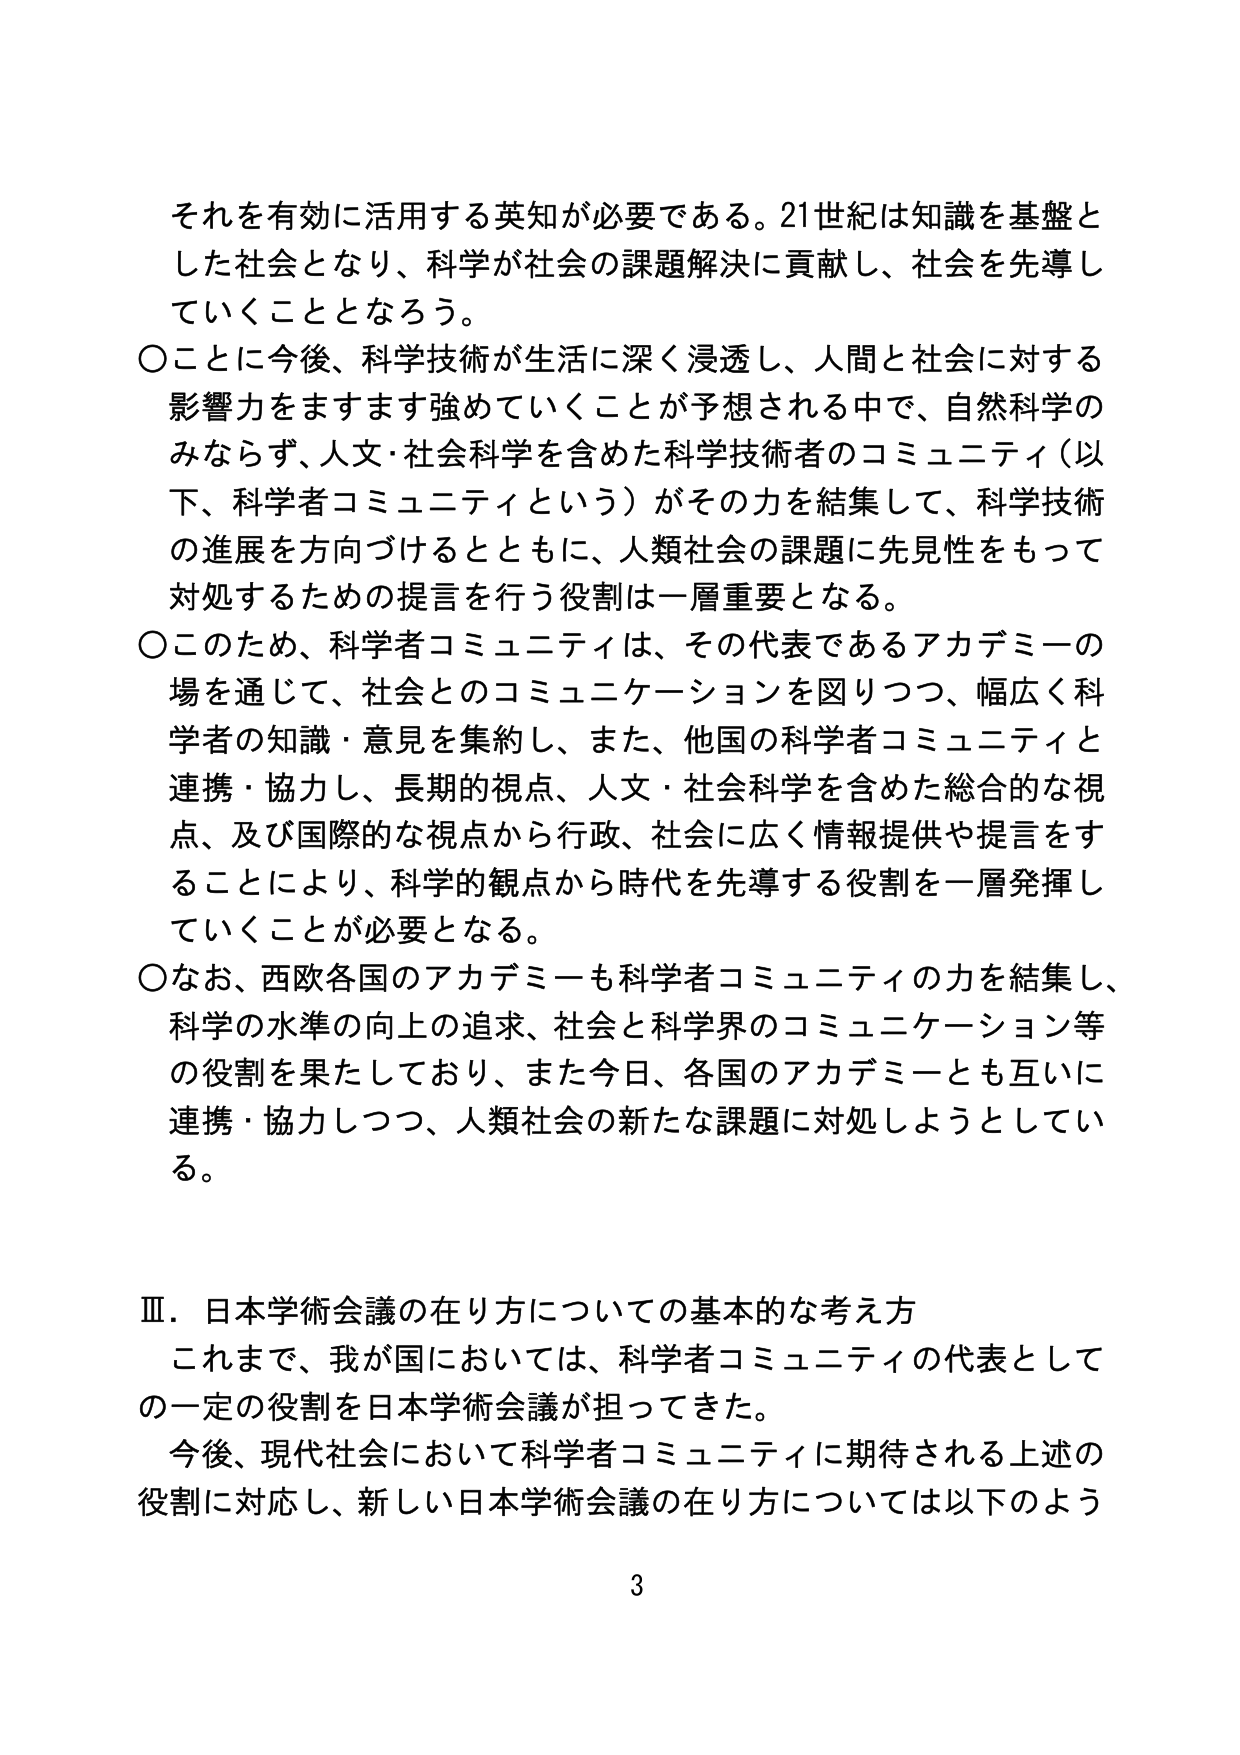
それを有効に活用する英知が必要である。21世紀は知識を基盤とした社会となり、科学が社会の課題解決に貢献し、社会を先導していくこととなろう。

○ことに今後、科学技術が生活に深く浸透し、人間と社会に対する影響力をますます強めていくことが予想される中で、自然科学のみならず、人文・社会科学を含めた科学技術者のコミュニティ（以下、科学者コミュニティという）がその力を結集して、科学技術の進展を方向づけるとともに、人類社会の課題に先見性をもって対処するための提言を行う役割は一層重要となる。

○このため、科学者コミュニティは、その代表であるアカデミーの場を通じて、社会とのコミュニケーションを図りつつ、幅広く科学者の知識・意見を集約し、また、他国の科学者コミュニティと連携・協力し、長期的視点、人文・社会科学を含めた総合的な視点、及び国際的な視点から行政、社会に広く情報提供や提言をすることにより、科学的観点から時代を先導する役割を一層発揮していくことが必要となる。

○なお、西欧各国のアカデミーも科学者コミュニティの力を結集し、科学の水準の向上の追求、社会と科学界のコミュニケーション等の役割を果たしており、また今日、各国のアカデミーとも互いに連携・協力しつつ、人類社会の新たな課題に対処しようとしている。

Ⅲ．日本学術会議の在り方についての基本的な考え方
これまで、我が国においては、科学者コミュニティの代表としての一定の役割を日本学術会議が担ってきた。
今後、現代社会において科学者コミュニティに期待される上述の役割に対応し、新しい日本学術会議の在り方については以下のよう

3